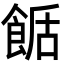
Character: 𩛶